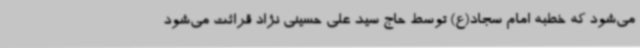
می‌شود که خطبه امام سجاد(ع) توسط حاج سید علی حسینی نژاد قرائت می‌شود